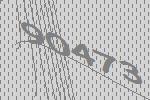
90473